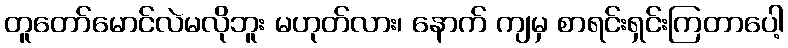
တူတော်မောင်လဲမလိုဘူး မဟုတ်လား၊ နောက် ကျမှ စာရင်းရှင်းကြတာပေါ့